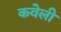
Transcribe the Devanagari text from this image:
कवेली